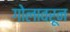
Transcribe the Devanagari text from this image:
गोलावरून